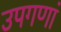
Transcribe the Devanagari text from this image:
उपगणां